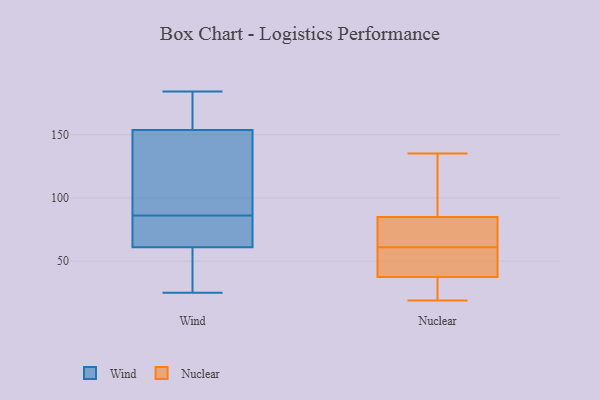
{"axis": {"x": "Headcount", "y": "Value"}, "legend": ["Nuclear", "Wind"], "data": [{"x": "", "y": 28, "type": "Wind"}, {"x": "", "y": 112, "type": "Wind"}, {"x": "", "y": 58, "type": "Wind"}, {"x": "", "y": 70, "type": "Wind"}, {"x": "", "y": 184, "type": "Wind"}, {"x": "", "y": 25, "type": "Wind"}, {"x": "", "y": 173, "type": "Wind"}, {"x": "", "y": 76, "type": "Wind"}, {"x": "", "y": 141, "type": "Wind"}, {"x": "", "y": 72, "type": "Wind"}, {"x": "", "y": 86, "type": "Wind"}, {"x": "", "y": 128, "type": "Wind"}, {"x": "", "y": 158, "type": "Wind"}, {"x": "", "y": 52, "type": "Wind"}, {"x": "", "y": 169, "type": "Wind"}, {"x": "", "y": 99, "type": "Nuclear"}, {"x": "", "y": 69, "type": "Nuclear"}, {"x": "", "y": 51, "type": "Nuclear"}, {"x": "", "y": 23, "type": "Nuclear"}, {"x": "", "y": 19, "type": "Nuclear"}, {"x": "", "y": 135, "type": "Nuclear"}, {"x": "", "y": 59, "type": "Nuclear"}, {"x": "", "y": 73, "type": "Nuclear"}, {"x": "", "y": 29, "type": "Nuclear"}, {"x": "", "y": 63, "type": "Nuclear"}, {"x": "", "y": 46, "type": "Nuclear"}, {"x": "", "y": 97, "type": "Nuclear"}]}